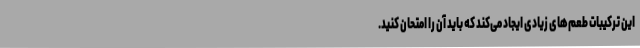
این ترکیبات طعم‌های زیادی ایجاد می‌کند که باید آن را امتحان کنید.